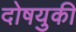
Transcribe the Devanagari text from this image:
दोषयुकी